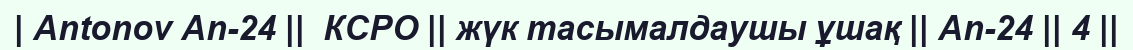
| Antonov An-24 ||  КСРО || жүк тасымалдаушы ұшақ || An-24 || 4 ||